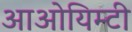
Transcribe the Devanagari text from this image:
आओयिम्टी